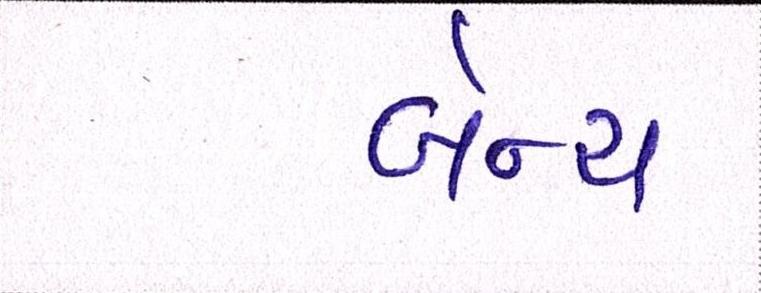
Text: બેન્ચ